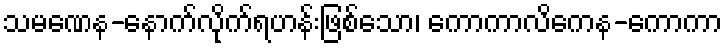
သမဏေန-နောက်လိုက်ရဟန်းဖြစ်သော၊ ကောကာလိကေန-ကောကာ